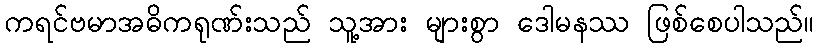
ကရင်ဗမာအဓိကရုဏ်းသည် သူ့အား များစွာ ဒေါမနဿ ဖြစ်စေပါသည်။